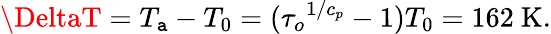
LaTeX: \DeltaT=T_{\mathtt{a}}-T_{0}=({\tau_{o}}^{1/c_{p}}-1)T_{0}=162\mathrm{{\ K}}.